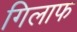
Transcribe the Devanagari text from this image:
गिलाफ